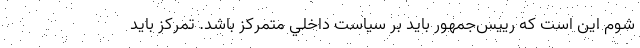
شوم اين است كه رييس‌جمهور بايد بر سياست داخلي متمركز باشد. تمركز بايد